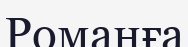
Романға